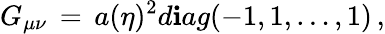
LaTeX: G_{\mu\nu}\, =\, a(\eta)^{2}d\mathbf{i}ag(-1,1,\dots,1)\, ,